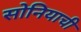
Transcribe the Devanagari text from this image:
सोनियाची